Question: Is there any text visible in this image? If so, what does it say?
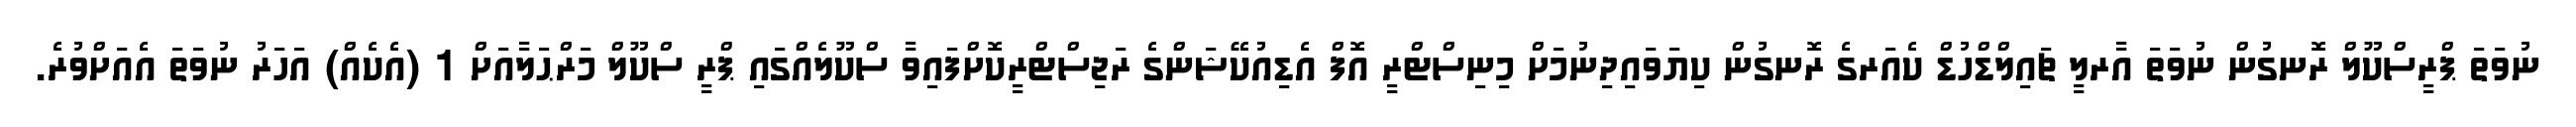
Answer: ނުވަތަ ޕްރީސްކޫލް ރޮނގުން ނުވަތަ އާރލީ ޗައިލްޑްހުޑް ކެއަރގެ ރޮނގުން ކިޔަވައިދިނުމަށް މިނިސްޓްރީ އޮފް އެޑިއުކޭޝަންގެ ރަޖިސްޓްރީކޮށްފައިވާ ސްކޫލެއްގައި ޕްރީ ސްކޫލް މަރްޙަލާއަށް 1 (އެކެއް) އަހަރު ނުވަތަ އެއަށްވުރެ.